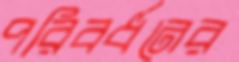
পরিবর্ধনের